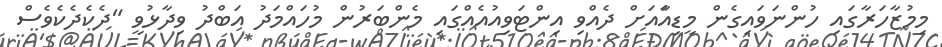
މިމުޒާހަރާގައި ހުންނަވައިގެން މީޑިއާައަށް ދެއްވި އިންޓަވިއުއެއްގައި މެންބަރުން މުހައްމަދު އަބްދު ވިދާޅުވީ "ދެކެދެކެވެސް